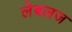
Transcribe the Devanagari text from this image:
लेबलज